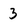
Character: 3